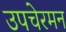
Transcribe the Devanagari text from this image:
उपचेरमन